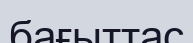
бағыттас